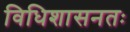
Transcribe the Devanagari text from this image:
विधिशासनतः